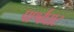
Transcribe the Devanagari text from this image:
पार्श्वघाट